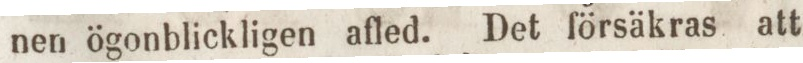
nen ögonblickligen afled. Det försäkras att